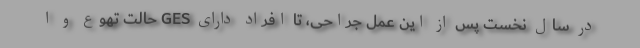
در سال نخست پس از این عمل جراحی، تا افراد دارای GES حالت تهوع و ا